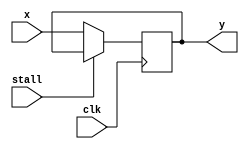
module flop_6bit(stall, x, y,clk);
input stall,clk;
input [5:0] x;
output reg [5:0]y;

always @(posedge clk)begin
if(stall)
y<=y;
else
y<=x;

end
endmodule